Vaccination report Assam 1874-1896 - 1874-1896
Year: 1874
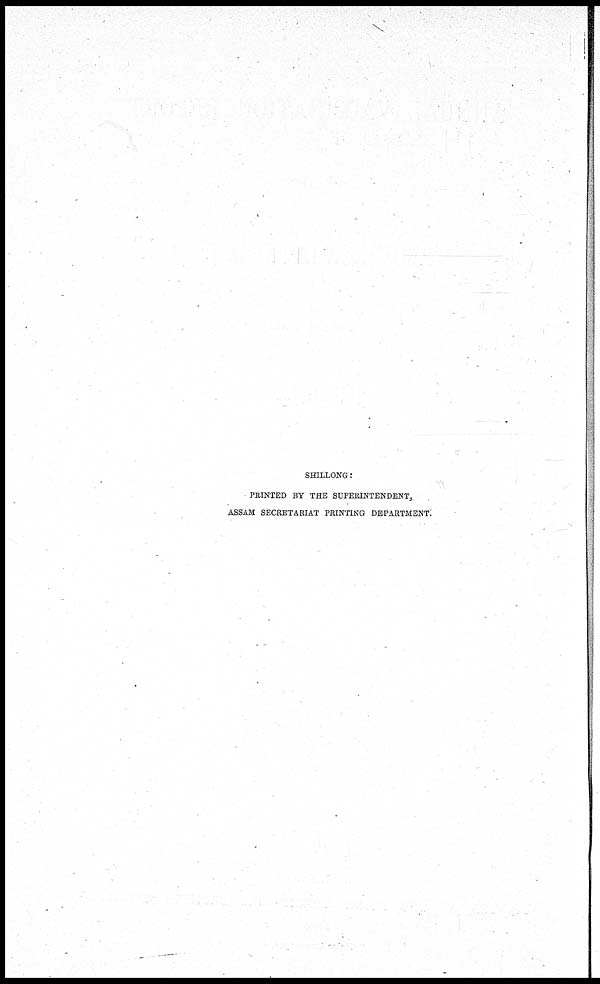
SHILLONG :
PRINTED BY THE SUPERINTENDENT,
ASSAM SECRETARIAT PRINTING DEPARTMENT.